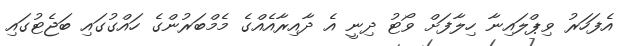
އެފަހަރު ވިޕްލައިނާ ހިލާފަށް ވޯޓު ދިނީ އެ ދާއިރާއެއްގެ މެމްބަރުންގެ ހައްގުގައި ބަޖެޓުގައި